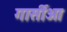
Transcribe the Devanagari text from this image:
गार्सीआ